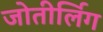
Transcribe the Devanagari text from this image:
जोतीर्लिग